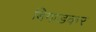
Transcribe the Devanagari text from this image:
बिगाडकर